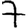
Digit: 7